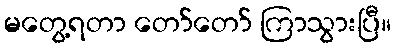
မတွေ့ရတာ တော်တော် ကြာသွားပြီ။